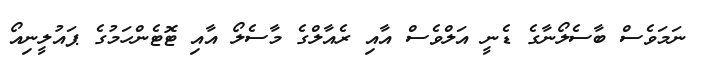
ނަމަވެސް ބާސެލޯނާގެ ޑެނީ އަލްވެސް އާއި ރެއާލްގެ މާސެލޯ އާއި ޓޮޓެންހަމުގެ ޕައުލީނިއޯ